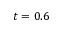
t = 0 . 6